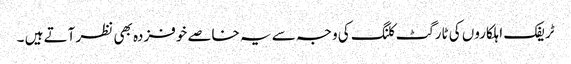
ٹریفک اہلکاروں کی ٹارگٹ کلنگ کی وجہ سے یہ خاصے خوفزدہ بھی نظر آتے ہیں ۔